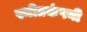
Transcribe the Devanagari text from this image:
स्थीतकंपनी